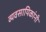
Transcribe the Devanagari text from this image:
व्यवसायिकांनी